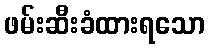
ဖမ်းဆီးခံထားရသော